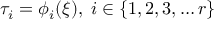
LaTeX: \tau _ { i } = \phi _ { i } ( \xi ) , \; i \in \{ 1 , 2 , 3 , \ldots r \}